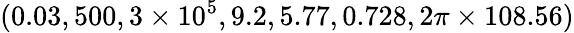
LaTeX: (0.03,500,3\times{10}^{5},9.2,5.77,0.728,2\pi\times 108.56)